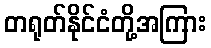
တရုတ်နိုင်ငံတို့အကြား